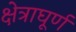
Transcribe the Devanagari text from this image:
क्षेत्राघूर्ण